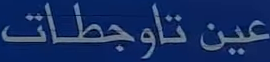
عينِتاَوْجِط